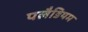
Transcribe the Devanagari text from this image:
पलैडियम